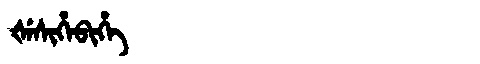
Manchu: ᡧᡝᠰᡳᡥᡝᠪᡳᡥᡝ
Romanization: ŠESIHEBIHE